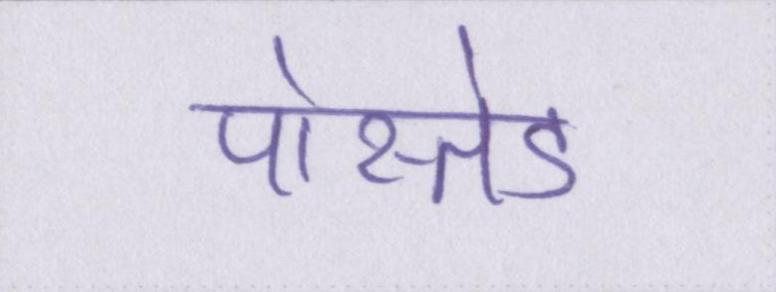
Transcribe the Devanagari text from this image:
पोस्तेड